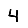
Digit: 4